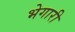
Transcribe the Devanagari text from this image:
भेगारी